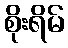
စိုးရိမ်